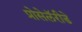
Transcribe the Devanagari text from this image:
प्रोसेलॅरीडे